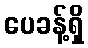
ပေခန့်ရှိ